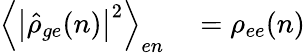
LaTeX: \begin{array}{rl}{\left\langle\left|\hat{\rho}_{ge}(n)\right|^{2}\right\rangle_{en}}&{{}=\rho_{ee}(n)}\end{array}